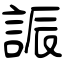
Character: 誫